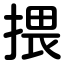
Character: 揋